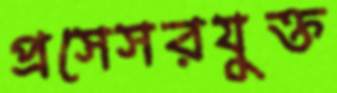
প্রসেসরযুক্ত